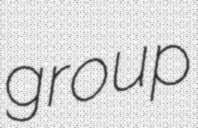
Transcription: group